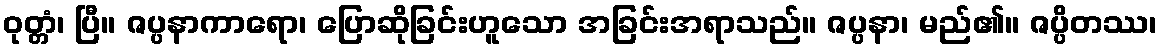
ဝုတ္တံ၊ ပြီ။ ဇပ္ပနာကာရော၊ ပြောဆိုခြင်းဟူသော အခြင်းအရာသည်။ ဇပ္ပနာ၊ မည်၏။ ဇပ္ပိတဿ၊